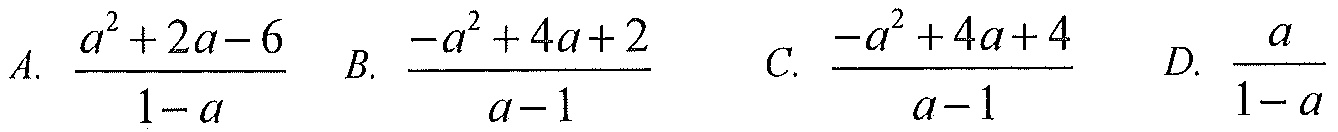
A. \(\frac{a^{2}+2a - 6}{1 - a}\)  B. \(\frac{-a^{2}+4a + 2}{a - 1}\)  C. \(\frac{-a^{2}+4a + 4}{a - 1}\)  D. \(\frac{a}{1 - a}\)